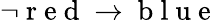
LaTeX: \neg\mathrm{~r~e~d~}\rightarrow\mathrm{~b~l~u~e~}